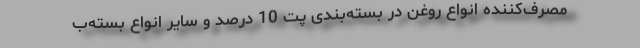
مصرف‌کننده انواع روغن در بسته‌بندی پت 10 درصد و سایر انواع بسته‌ب